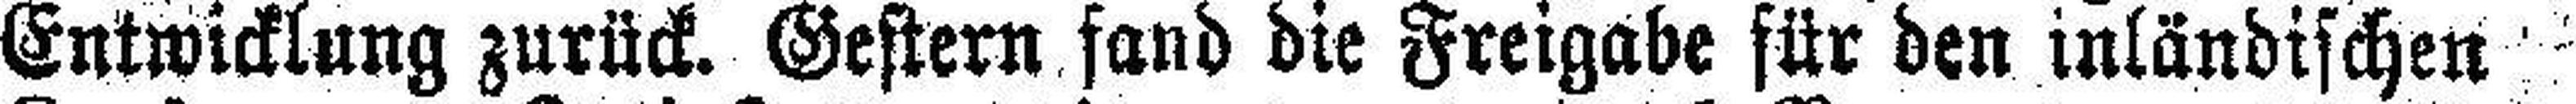
Entwicklung zurück. Gestern fand die Freigabe für den inländischen